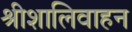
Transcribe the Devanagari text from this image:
श्रीशालिवाहन